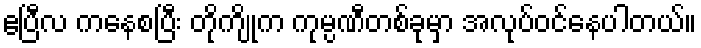
ဧပြီလ ကနေစပြီး တိုကျိုက ကုမ္ပဏီတစ်ခုမှာ အလုပ်ဝင်နေပါတယ်။